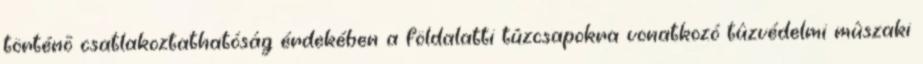
történõ csatlakoztathatóság érdekében a földalatti tûzcsapokra vonatkozó tûzvédelmi mûszaki